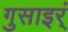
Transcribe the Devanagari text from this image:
गुसाइर्ं